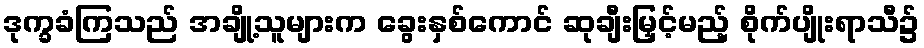
ဒုက္ခခံကြသည် အချို့သူများက ခွေးနှစ်ကောင် ဆုချီးမြှင့်မည့် စိုက်ပျိုးရာသီ၌